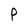
Character: P